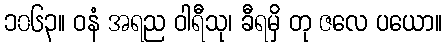
၁၀၆၃။ ဝနံ အရည ဝါရီသု၊ ခီရမှိ တု ဇလေ ပယော။